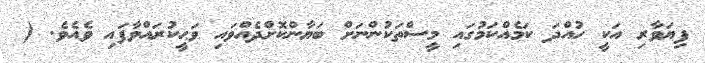
ފިޔަވާރި އަކީ ހުއްދަ ކަމެއްކަމުގައި މީސްތަކުންނަށް ބަޔާންކޮށްދެއްވައި ވަޙީކުރައްވާފައި ވެއެވެ. (